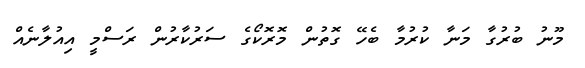
މޫނު ބުރުގާ މަނާ ކުރުމާ ބެހޭ ގޮތުން މޮރޮކޯގެ ސަރުކާރުން ރަސްމީ އިއުލާނެއް